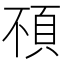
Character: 𩑢